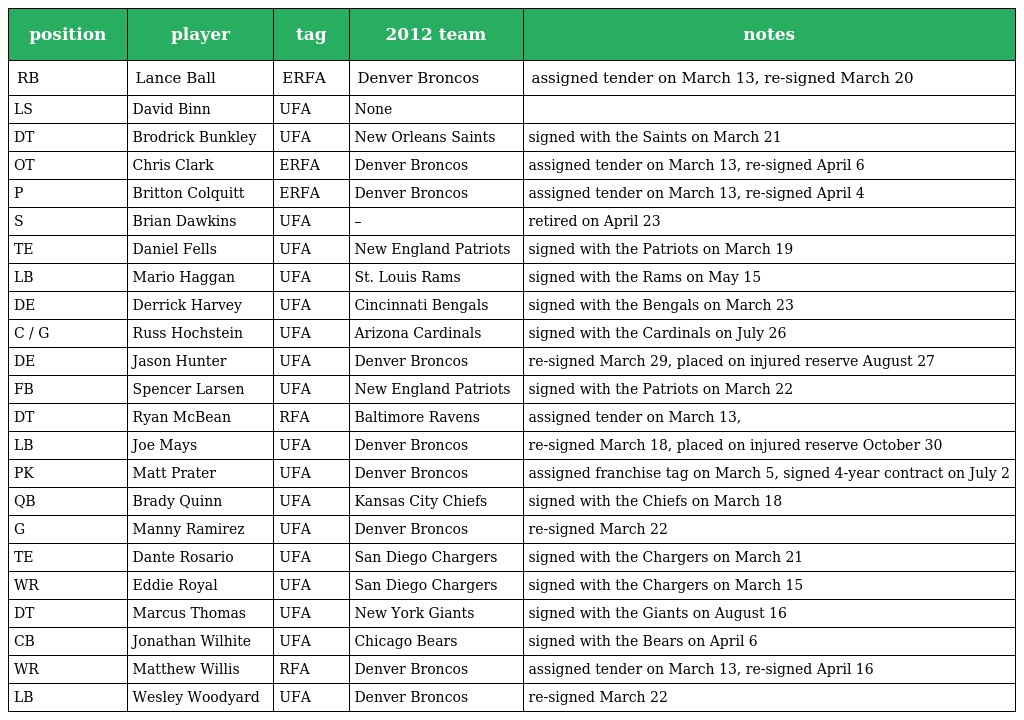
| position | player | tag | 2012 team | notes |
 | --- | --- | --- | --- | --- |
 | RB | Lance Ball | ERFA | Denver Broncos | assigned tender on March 13, re-signed March 20 |
 | LS | David Binn | UFA | None |  |
 | DT | Brodrick Bunkley | UFA | New Orleans Saints | signed with the Saints on March 21 |
 | OT | Chris Clark | ERFA | Denver Broncos | assigned tender on March 13, re-signed April 6 |
 | P | Britton Colquitt | ERFA | Denver Broncos | assigned tender on March 13, re-signed April 4 |
 | S | Brian Dawkins | UFA | – | retired on April 23 |
 | TE | Daniel Fells | UFA | New England Patriots | signed with the Patriots on March 19 |
 | LB | Mario Haggan | UFA | St. Louis Rams | signed with the Rams on May 15 |
 | DE | Derrick Harvey | UFA | Cincinnati Bengals | signed with the Bengals on March 23 |
 | C / G | Russ Hochstein | UFA | Arizona Cardinals | signed with the Cardinals on July 26 |
 | DE | Jason Hunter | UFA | Denver Broncos | re-signed March 29, placed on injured reserve August 27 |
 | FB | Spencer Larsen | UFA | New England Patriots | signed with the Patriots on March 22 |
 | DT | Ryan McBean | RFA | Baltimore Ravens | assigned tender on March 13, |
 | LB | Joe Mays | UFA | Denver Broncos | re-signed March 18, placed on injured reserve October 30 |
 | PK | Matt Prater | UFA | Denver Broncos | assigned franchise tag on March 5, signed 4-year contract on July 2 |
 | QB | Brady Quinn | UFA | Kansas City Chiefs | signed with the Chiefs on March 18 |
 | G | Manny Ramirez | UFA | Denver Broncos | re-signed March 22 |
 | TE | Dante Rosario | UFA | San Diego Chargers | signed with the Chargers on March 21 |
 | WR | Eddie Royal | UFA | San Diego Chargers | signed with the Chargers on March 15 |
 | DT | Marcus Thomas | UFA | New York Giants | signed with the Giants on August 16 |
 | CB | Jonathan Wilhite | UFA | Chicago Bears | signed with the Bears on April 6 |
 | WR | Matthew Willis | RFA | Denver Broncos | assigned tender on March 13, re-signed April 16 |
 | LB | Wesley Woodyard | UFA | Denver Broncos | re-signed March 22 |